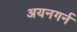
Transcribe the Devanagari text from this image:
अयनगर्न